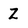
Character: Z